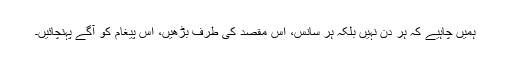
ہمیں چاہیے کہ ہر دن نہیں بلکہ ہر سانس، اس مقصد کی طرف بڑھیں، اس پیغام کو آگے پہنچائیں۔